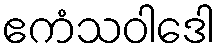
ဧကံသဝါဒေါ